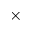
\times